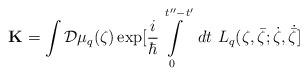
LaTeX: \begin{align*}{\bf K}=\int{\cal D}\mu_q(\zeta)\exp[\frac{i}{\hbar}\int\limits^{t''-t'}_0\ dt\ L_q( \zeta, \bar{\zeta}; \dot{\zeta}, \dot{\bar{\zeta}}]\end{align*}